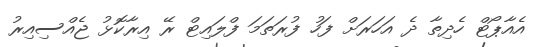
އެއާޕޯޓް ހެދިތާ ދެ އަހަރަށް ފަހު ފުރަތަމަ ފްލައިޓް ރޭ އިރާކޮޅު ޖެއްސިއިރު